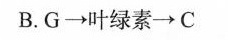
B.G\longrightarrow 叶绿素\longrightarrow C